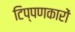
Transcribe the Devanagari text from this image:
टिप्पणकारों